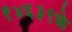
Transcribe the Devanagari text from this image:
१४६३९के